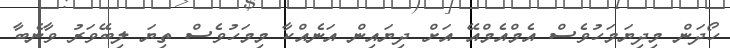
ހޯދަން މިދިޔަމަހުވެސް އެމްއެމްއޭ އަށް ދިޔައިން އަނެއްކާ މިމަހުވެސް ތިޔަ ލިބޭވަރު ވާނެބާ